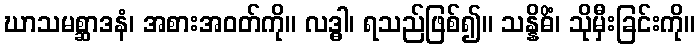
ဃာသမစ္ဆာဒနံ၊ အစားအဝတ်ကို။ လဒ္ဓါ၊ ရသည်ဖြစ်၍။ သန္နိဓိံ၊ သိုမှီးခြင်းကို။